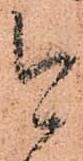
今